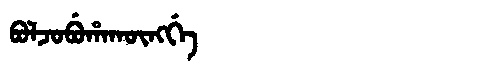
Manchu: ᠪᠣᠯᠵᠣᠪᡠᡥᠠᡴᡡᠩᡤᡝ
Romanization: BOLJOBUHAKŪNGGE